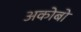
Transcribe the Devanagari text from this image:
अकोबो